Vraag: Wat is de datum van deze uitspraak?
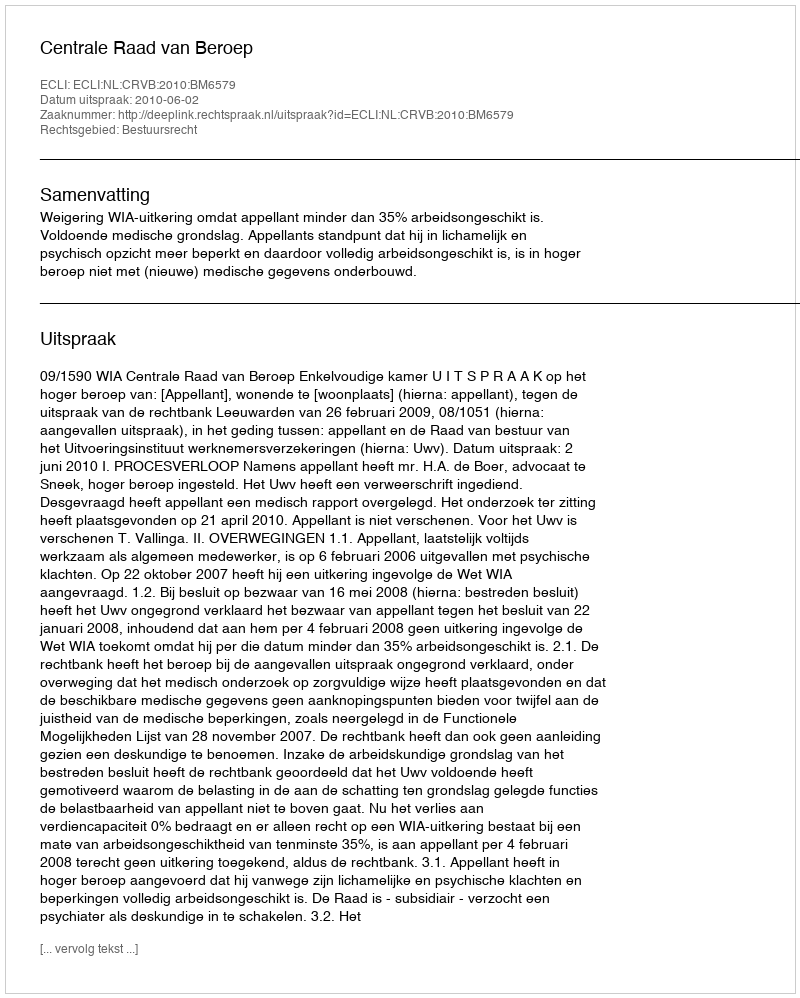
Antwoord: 2010-06-02